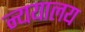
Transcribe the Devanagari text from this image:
न्ययालय